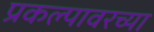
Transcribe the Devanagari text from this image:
प्रकल्पावरच्या